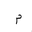
Letter: _mim